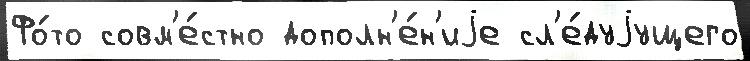
Фо́то совм'е́стно дополн'е́н'иjе сл'е́дуjущего